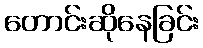
တောင်းဆိုနေခြင်း